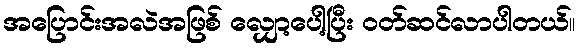
အပြောင်းအလဲအဖြစ် လျှော့ပေါ့ပြီး ဝတ်ဆင်လာပါတယ်။